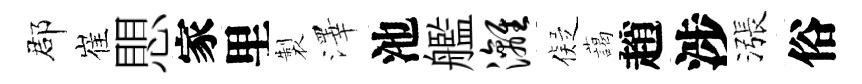
郡崔愳家里製澤池艦漓儗藹趙涉漲俗